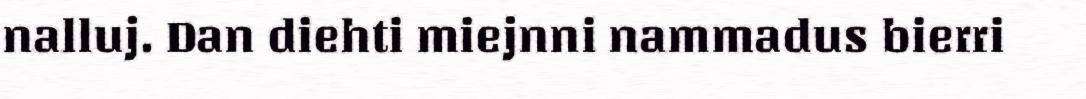
nalluj. Dan diehti miejnni nammadus bierri